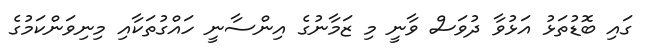
ގައި ބޮޑުތަޅު އަޅުވާ ދުވަސް ވާނީ މި ޒަމާނުގެ އިންސާނީ ހައްގުތަކާއި މިނިވަންކަމުގެ